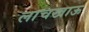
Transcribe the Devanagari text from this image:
लाचखाऊ